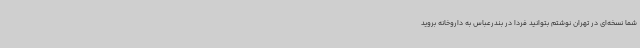
شما نسخه‌ای در تهران نوشتم بتوانید فردا در بندرعباس به داروخانه بروید